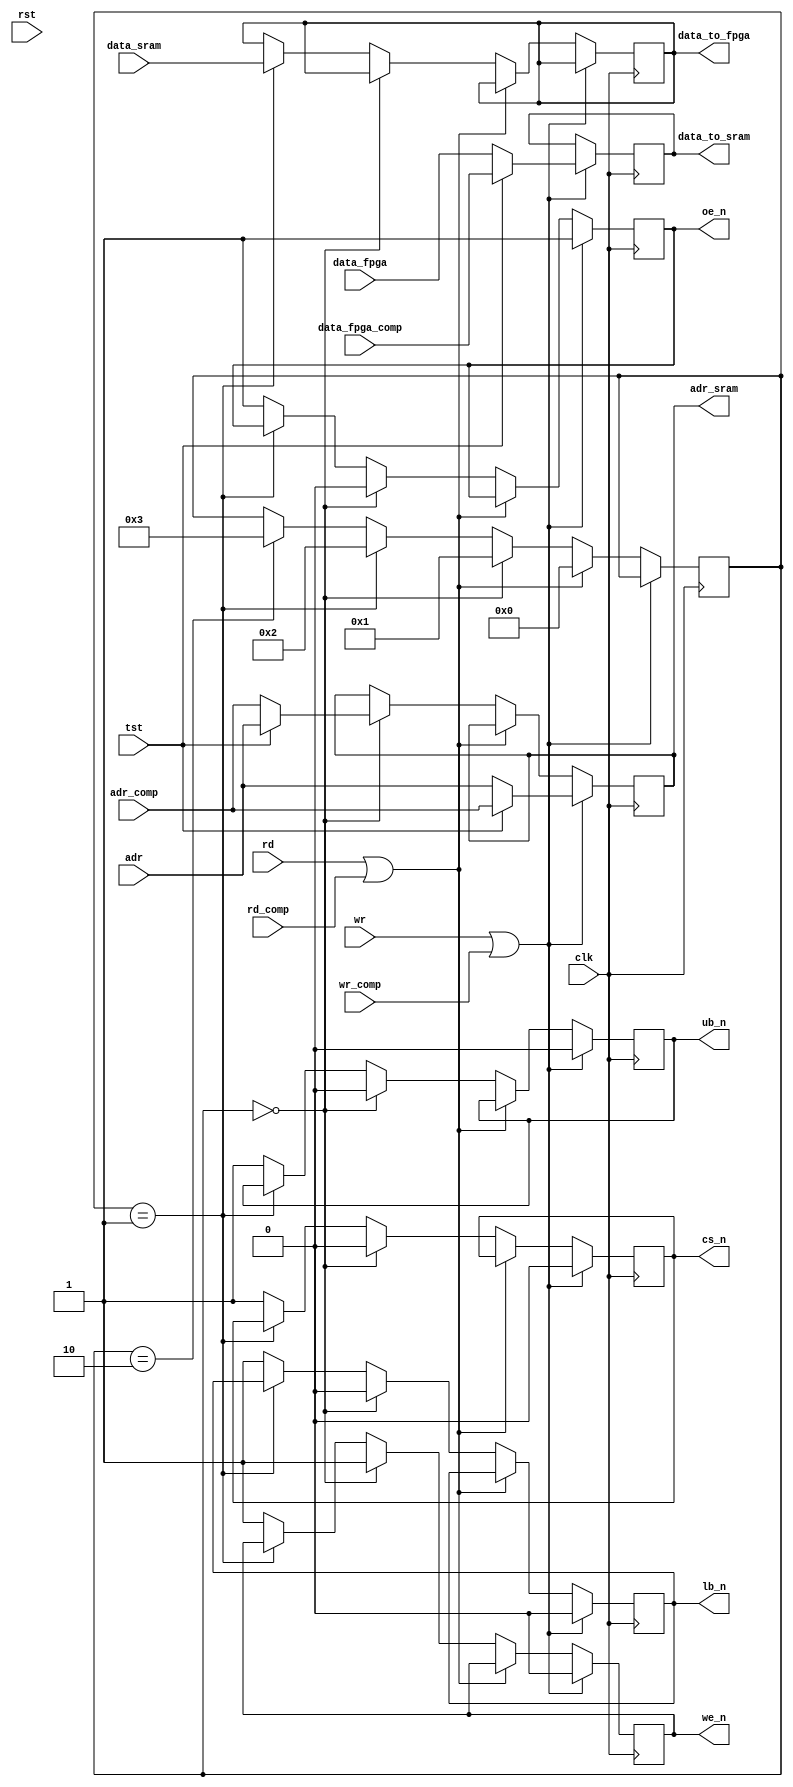
//-----------------------------------------------------------------------------
//
// Title       : sram_upr
// Design      : top
// Company     : nasa
//
//-----------------------------------------------------------------------------
//
// Generated   : Thu Dec 20 10:53:35 2018
// From        : interface description file
// By          : Itf2Vhdl ver. 1.22
//
//-----------------------------------------------------------------------------
//
// Description : 
//
//-----------------------------------------------------------------------------
`timescale 1 ns / 1 ps

//{{ Section below this comment is automatically maintained
//   and may be overwritten
//{module {sram_upr}}
module sram_upr (
	output wire [15:0] data_to_fpga,
	output wire [15:0] data_to_sram,
	output wire [18:0] adr_sram,
	output wire cs_n,
	output wire we_n,
	output wire oe_n,
	output wire ub_n,
	output wire lb_n,
	input wire clk,			 //20 Mhz
	input wire rst,
	input wire [15:0] data_fpga,	
	input wire [15:0] data_sram,
	input wire wr,
	input wire rd,
	input wire [18:0] adr,
	
	input wire tst,
	input wire [15:0] data_fpga_comp,	
	input wire wr_comp,
	input wire rd_comp,
	input wire [18:0] adr_comp
	
	
);

reg cs=1;
reg we=1;
reg oe=1;
reg ub=1;
reg lb=1;	

reg [15:0] data_rd=0;
reg [15:0] data_wr=0;  
reg [18:0] data_adr=0;
reg [7:0] step=8'hff;

always @(posedge clk)
	if ((wr)||(wr_comp))
		begin
			cs<=0;
			we<=0;
			oe<=1;
			ub<=0;
			lb<=0;
			
			if (tst==0)
				begin
					data_adr<=adr;
			        data_wr <=data_fpga;
				end
			else 
				begin
					data_adr<=adr_comp;
			        data_wr <=data_fpga_comp;
				end
				
		end
	else
		if ((rd)||(rd_comp))
			begin
			step<=0;
			end
			else
				if (step==0)
					begin
						cs<=0;
						we<=1;
						oe<=0;
						ub<=0;
						lb<=0;	
						
						if (tst==1) data_adr<=adr; else data_adr<=adr_comp;
						
						step<=1;
					end	
				else
					if (step==1)
						begin							
						data_rd<=data_sram;
						step<=2;
						end
					else
						if (step==2)
							begin
							cs<=1;
							we<=1;
							oe<=1;
							ub<=1;
							lb<=1;	
							step<=3;
							end	
						else 
							begin
							cs<=1;
							we<=1;
							oe<=1;
							ub<=1;
							lb<=1;							
							end
							
assign 	data_to_fpga=data_rd;
assign 	adr_sram    =data_adr;
assign 	data_to_sram=data_wr;

assign 	cs_n=cs;
assign  we_n=we;
assign 	oe_n=oe;
assign  ub_n=ub;
assign 	lb_n=lb;

endmodule